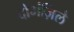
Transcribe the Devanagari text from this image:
दोमंज़िले